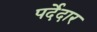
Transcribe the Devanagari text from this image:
पर्देदार